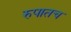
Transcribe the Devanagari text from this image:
रुपातच